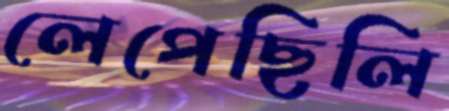
লেপেছিলি